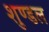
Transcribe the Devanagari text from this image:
शुण्डल